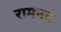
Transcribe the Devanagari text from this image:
रामनव